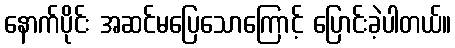
နောက်ပိုင်း အဆင်မပြေသောကြောင့် ပြောင်းခဲ့ပါတယ်။